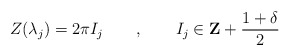
\begin{align*}Z(\lambda _{j})=2\pi I_{j}\qquad ,\qquad I_{j}\in \mathbf{Z}+\frac{1+\delta }{2}\end{align*}